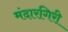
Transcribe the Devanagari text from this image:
मंदारगिरी